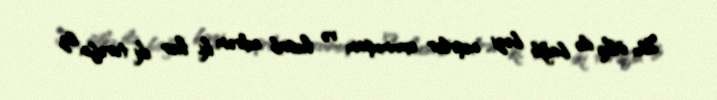
Bu ölkə ilə bağlı bəzi nəşrlər oxumuşam və hesab edirəm ki, hər iki tərəfin öz